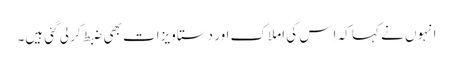
انہوں نے کہا کہ اِس کی املاک اور دستاویزات بھی ضبط کر لی گئی ہیں۔